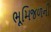
ભૂમિજળની